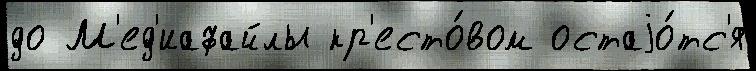
до М'ед'иафайлы кр'есто́вом остаjо́тс'я